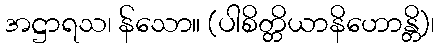
အဋ္ဌာရသ၊ န်သော။ (ပါစိတ္တိယာနိဟောန္တိ)၊